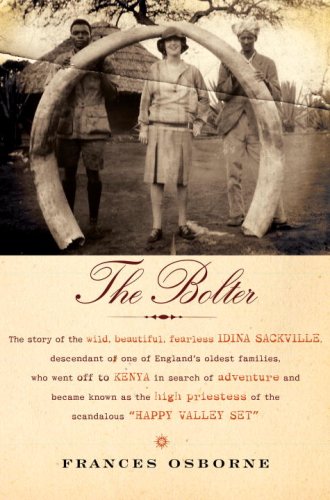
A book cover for The Bolter; Frances Osborne; History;